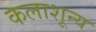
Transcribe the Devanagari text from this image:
कलाशून्य